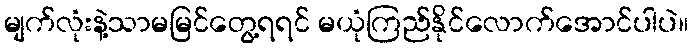
မျက်လုံးနဲ့သာမမြင်တွေ့ရရင် မယုံကြည်နိုင်လောက်အောင်ပါပဲ။